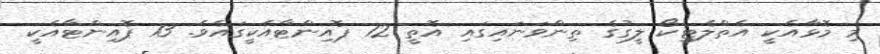
މި މޮޅާއެކީ އެތްލެޓިކޯ ލީގުގެ ތިންވަނައިގައި އޮތީ 12 ޕޮއިންޓާއެކީގައެވެ. 13 ޕޮއިންޓާއެކީ